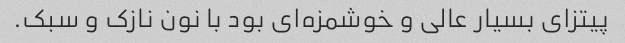
پیتزای بسیار عالی و خوشمزه‌ای بود با نون نازک و سبک.